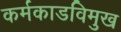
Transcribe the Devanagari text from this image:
कर्मकाडविमुख